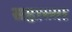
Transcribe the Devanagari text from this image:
सहाच्या